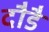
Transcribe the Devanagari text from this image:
दौडै